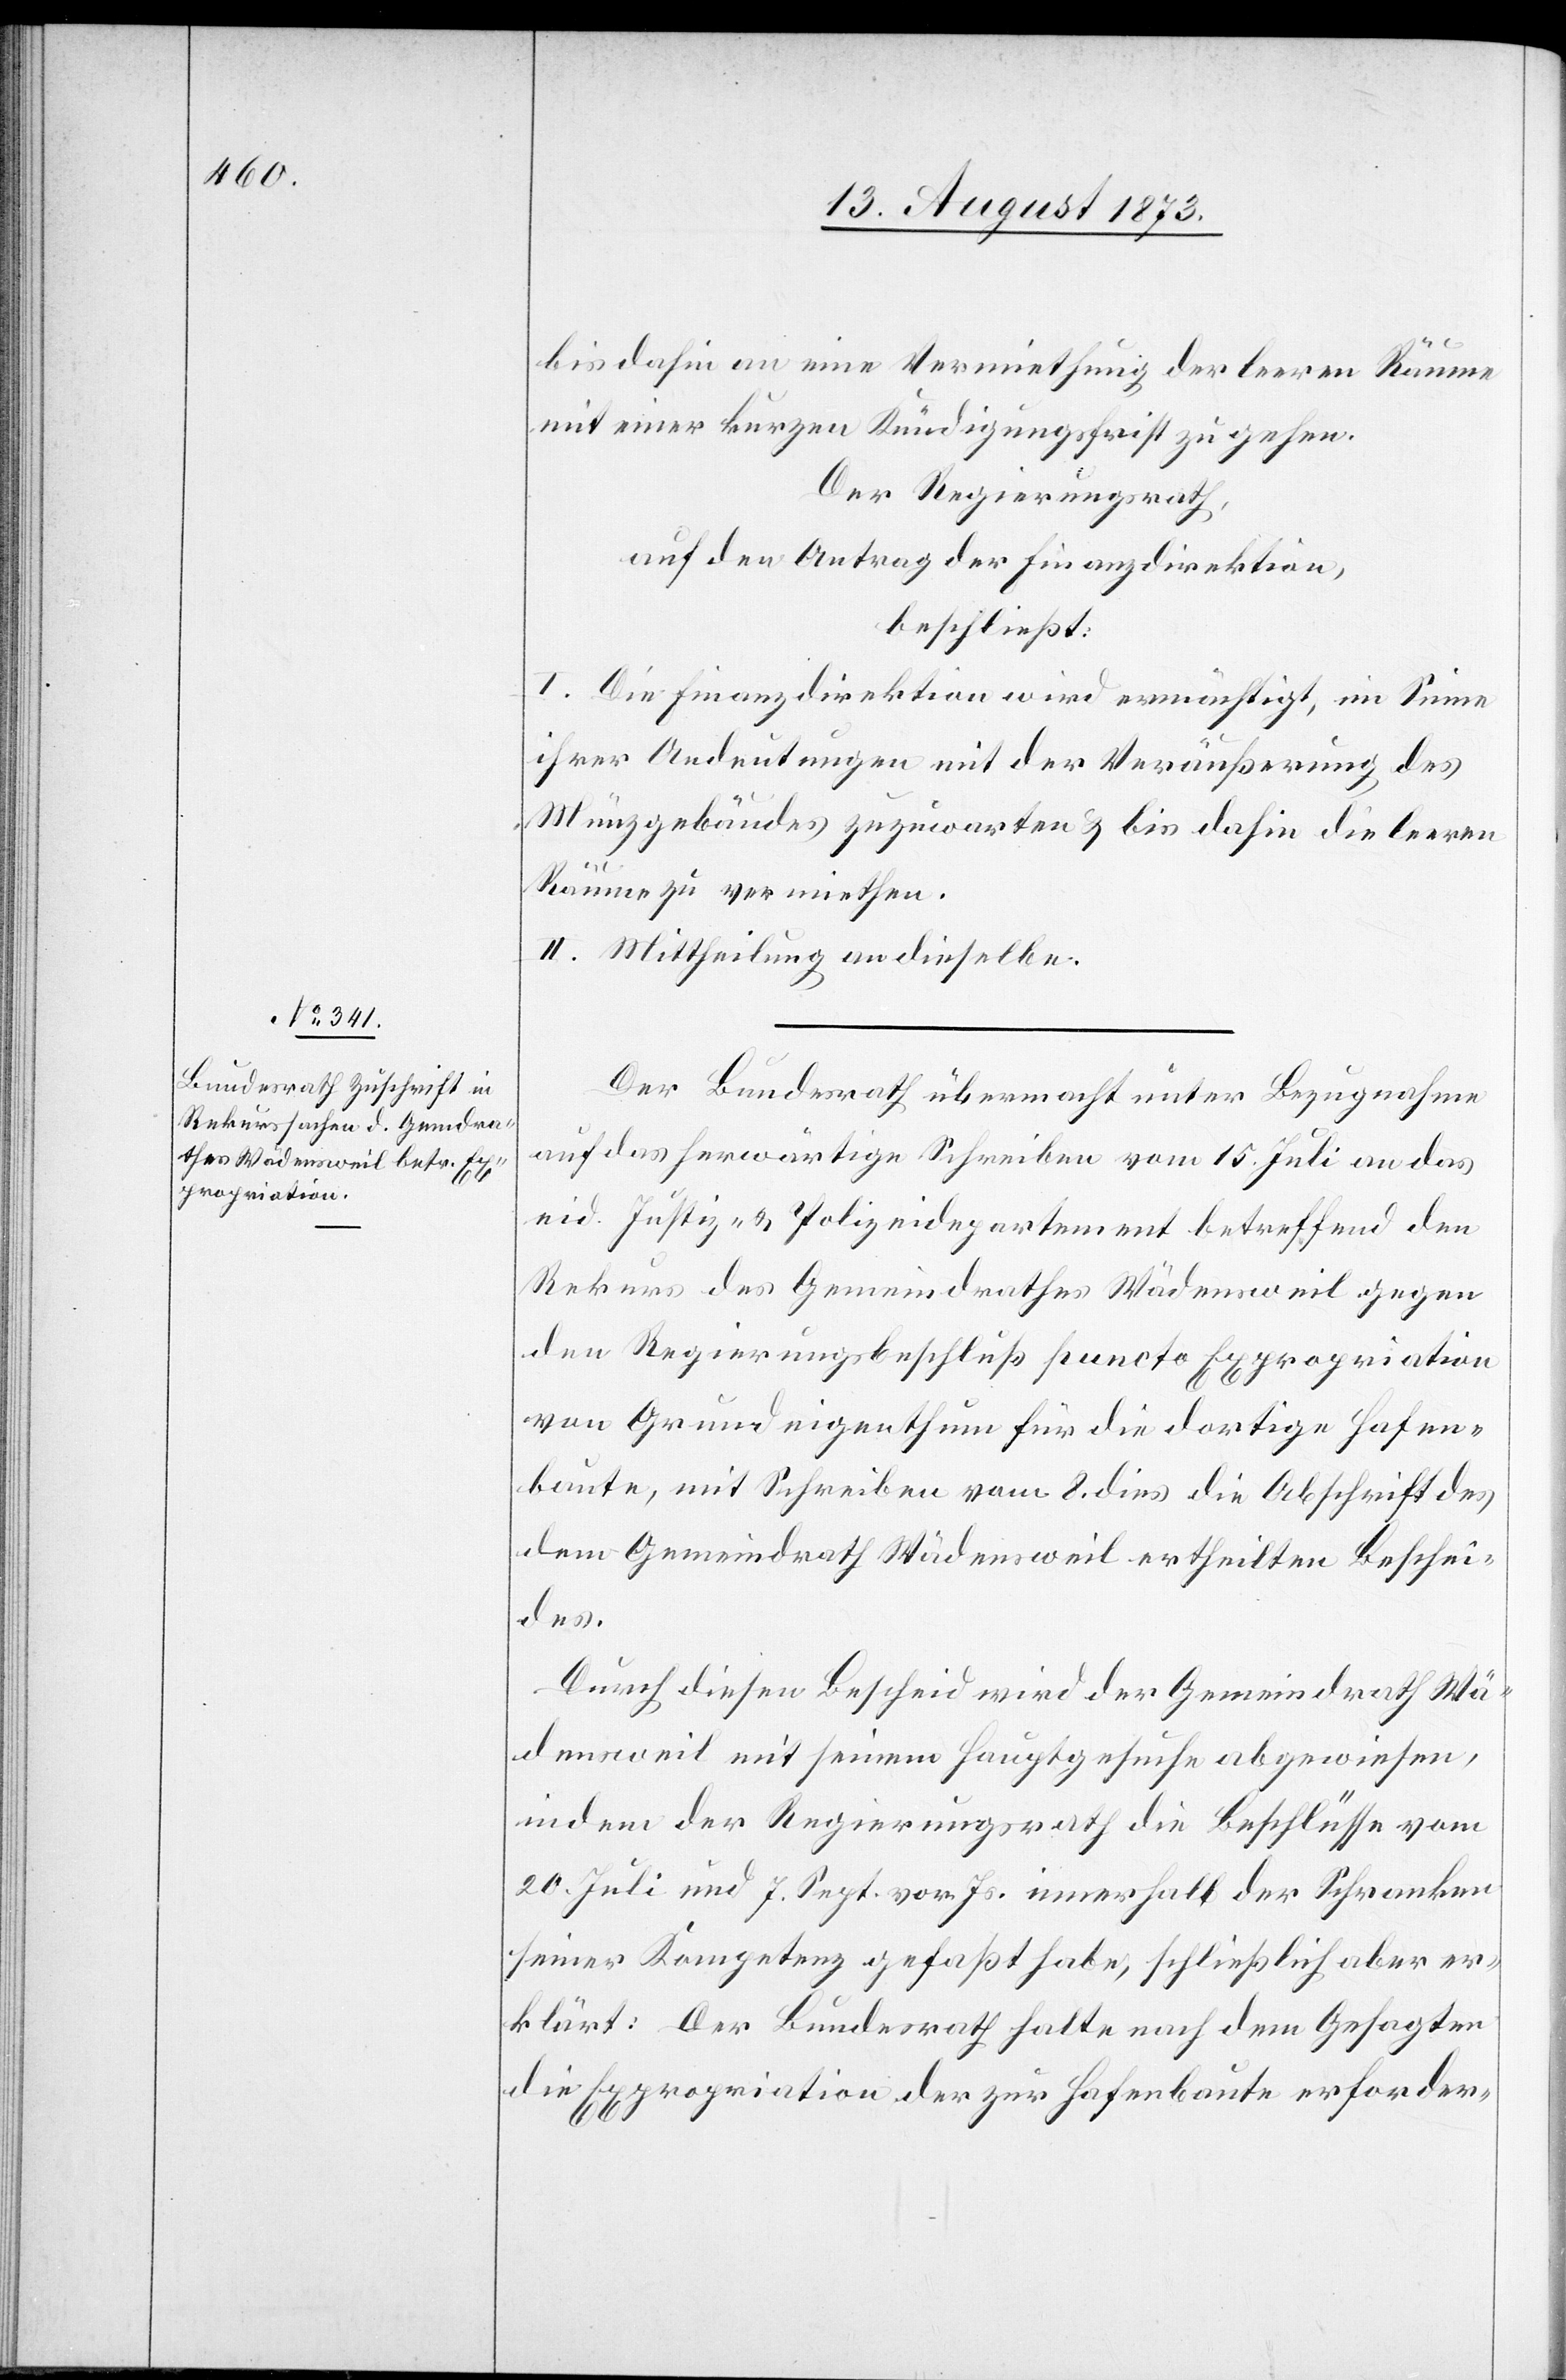
bis dahin an eine Vermiethung der leeren Räume
mit einer kurzen Kündigungsfrist zu gehen.
Der Regierungsrath,
auf den Antrag der Finanzdirektion,
beschließt:
I. Die Finanzdirektion wird ermächtigt, im Sinne
ihrer Andeutungen mit der Veräußerung des
Münzgebäudes zuzuwarten & bis dahin die leeren
Räume zu vermiethen.
II. Mittheilung an dieselbe.
Der Bundesrath übermacht unter Bezugnahme
auf das herwärtige Schreiben vom 15. Juli an das
eid. Justiz- & Polizeidepartement betreffend den
Rekurs des Gemeindrathes Wädensweil gegen
den Regierungsbeschluß puncto Expropriation
von Grundeigenthum für die dortige Hafen¬
baute, mit Schreiben vom 8. dies die Abschrift des
dem Gemeindrath Wädensweil ertheilten Beschei¬
des.
Durch diesen Bescheid wird der Gemeindrath Wä¬
densweil mit seinem Hauptgesuche abgewiesen,
indem der Regierungsrath die Beschlüsse vom
20. Juli und 7. Sept. vor. Js. innerhalb der Schranken
seiner Kompetenz gefaßt habe, schließlich aber er¬
klärt: Der Bundesrath halte nach dem Gesagten
die Expropriation der zur Hafenbaute erforder-